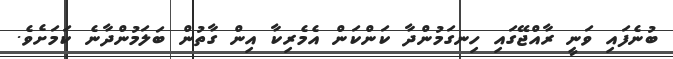
ބުނެފައި ވަނީ ރާއްޖޭގައި ހިނގަމުންދާ ކަންކަން އެމެރިކާ އިން ގާތުން ބަލަމުންދާނެ ކަމަށެވެ.